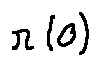
r ( 0 )